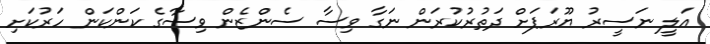
އަލީ ނަސީރު ޔޫރަޕަށް ދަތުރުކުރަން ނަގާ ވިސާ ސެންޒެން ވިސާގެ ކަންކަން ހަރުކަށި